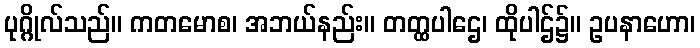
ပုဂ္ဂိုလ်သည်။ ကတမောစ၊ အဘယ်နည်း။ တတ္ထပါဌေ၊ ထိုပါဌ်၌။ ဥပနာဟော၊